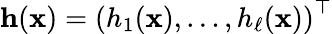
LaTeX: \mathbf{h}(\mathbf{x})=\left(h_{1}(\mathbf{x}),\ldots,h_{\ell}(\mathbf{x})\right)^{\top}